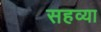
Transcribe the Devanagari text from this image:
सहव्या